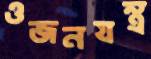
ওজনযন্ত্র